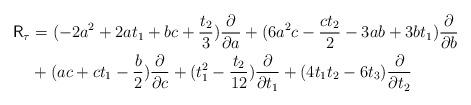
LaTeX: \begin{align*}\mathsf{R}_{\tau} &= (-2a^2+2at_1+bc+\frac{t_2}{3})\frac{\partial}{\partial a}+(6a^2c-\frac{ct_2}{2}-3ab+3bt_1)\frac{\partial}{\partial b} \\& +(ac+ct_1-\frac{b}{2})\frac{\partial}{\partial c} +(t_1^2-\frac{t_2}{12})\frac{\partial}{\partial t_1} + (4t_1t_2-6t_3)\frac{\partial}{\partial t_2} \end{align*}